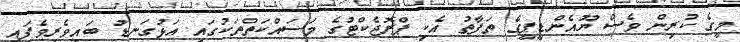
މީގެ ކުރިން ވެސް ޔޫއެންޑީޕީގެ ތަފާތު އެކި ޕްރޮޖެކްޓުގެ މަސައްކަތްތަކުގައި އަޅުގަނޑު ބައިވެރިވެފައި